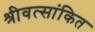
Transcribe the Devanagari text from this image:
श्रीवत्सांकित